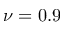
\nu = 0 . 9